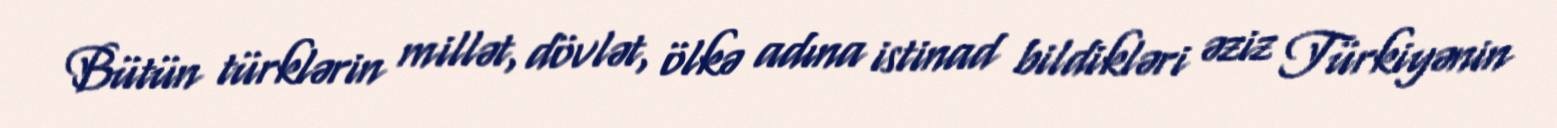
Bütün türklərin millət, dövlət, ölkə adına istinad bildikləri əziz Türkiyənin